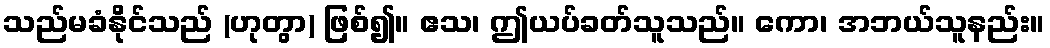
သည်မခံနိုင်သည် (ဟုတွာ) ဖြစ်၍။ ဧသ၊ ဤယပ်ခတ်သူသည်။ ကော၊ အဘယ်သူနည်း။